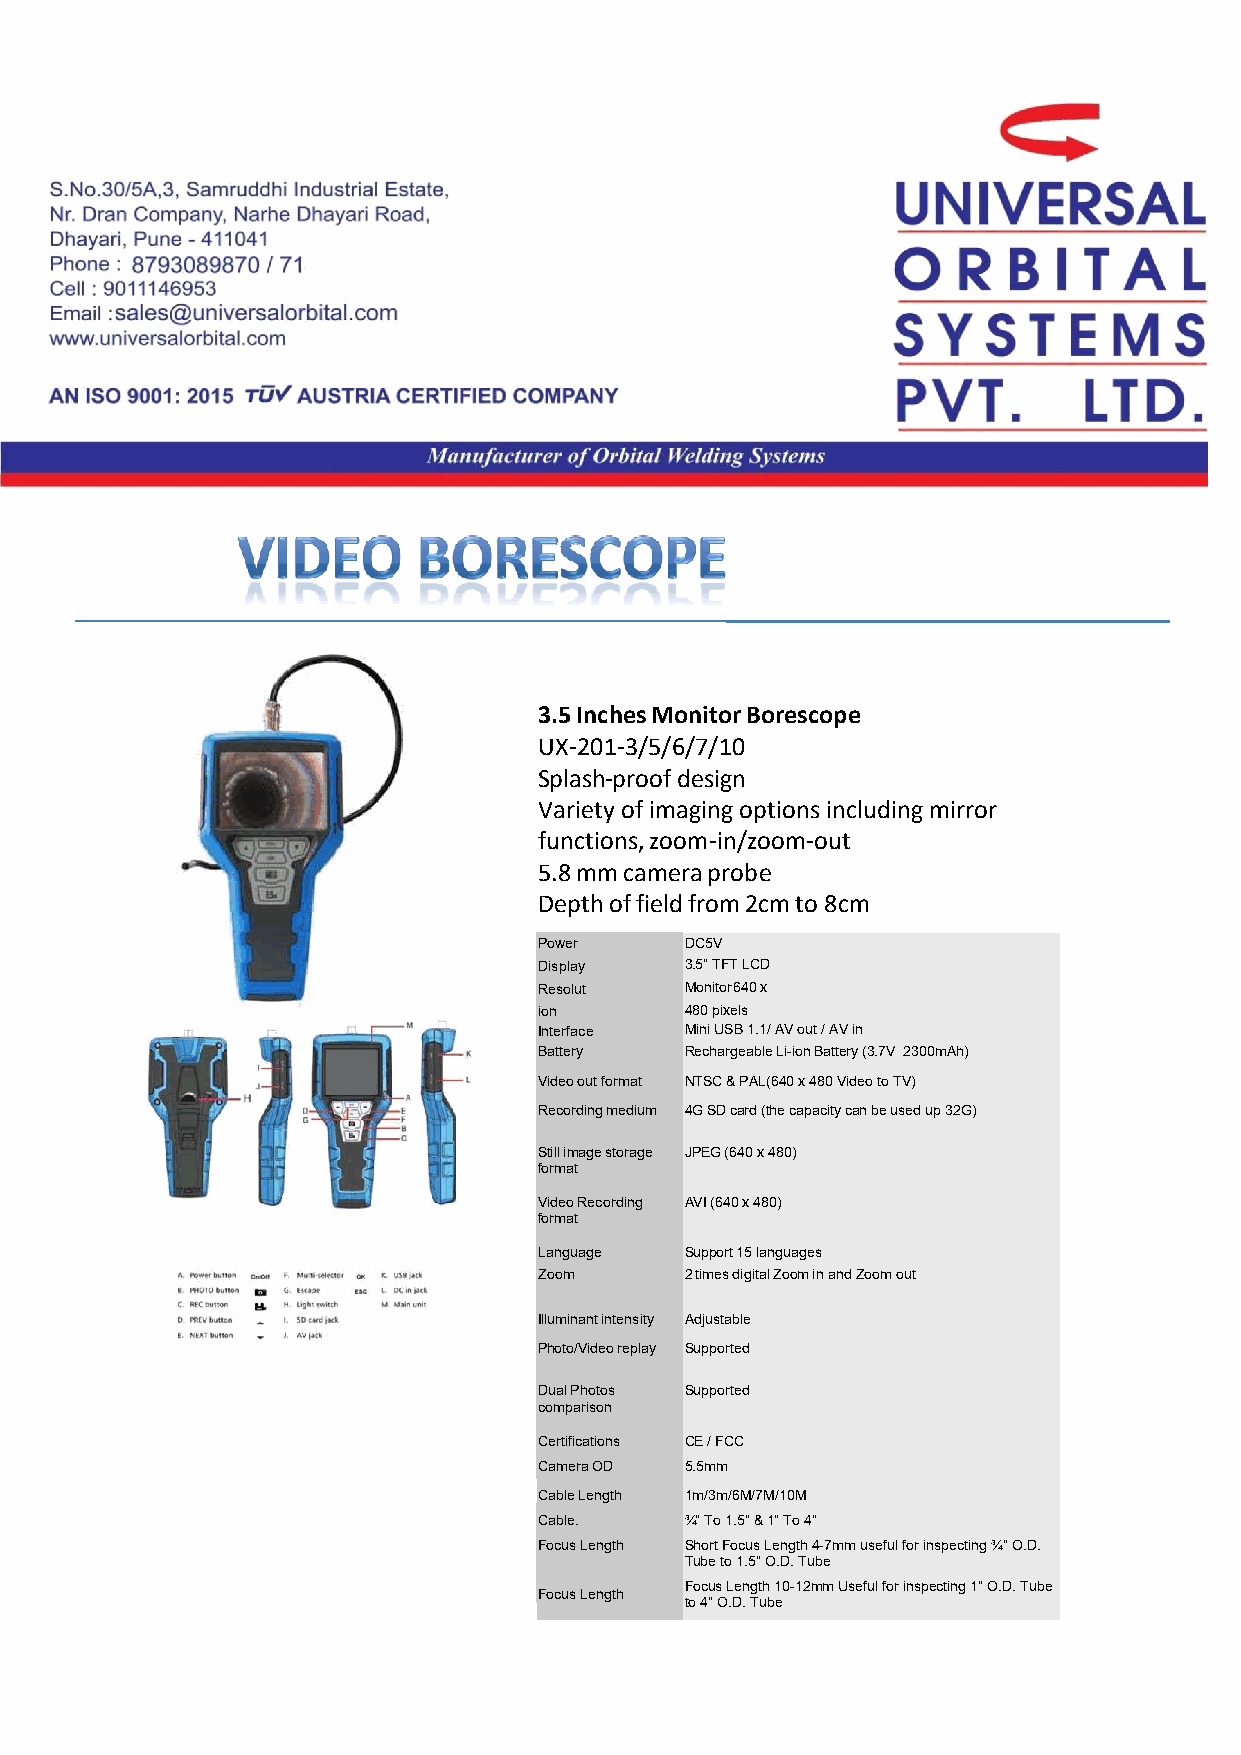
3.5 Inches Monitor Borescope
 UX-201-3/5/6/7/10
 Splash-proof design
 Variety of imaging options including mirror
 functions, zoom-in/zoom-out
 5.8 mm camera probe
 Depth of field from 2cm to 8cm
 Power    DC5V
 Display  3.5” TFT LCD
 Resolut  Monitor 640 x
 ion      480 pixels
 Interface Mini USB 1.1/ AV out / AV in
 Battery  Rechargeable Li-ion Battery (3.7V 2300mAh)
 Video out format NTSC & PAL(640 x 480 Video to TV)
 Recording medium 4G SD card (the capacity can be used up 32G)
 Still image storage JPEG (640 x 480)
 format
 Video Recording AVI (640 x 480)
 format
 Language Support 15 languages
 Zoom     2 times digital Zoom in and Zoom out
 Illuminant intensity Adjustable
 Photo/Video replay Supported
 Dual Photos Supported
 comparison
 Certifications CE / FCC
 Camera OD 5.5mm
 Cable Length 1m/3m/6M/7M/10M
 Cable.   ¾” To 1.5” & 1” To 4”
 Focus Length Short Focus Length 4-7mm useful for inspecting ¾” O.D.
 Tube to 1.5” O.D. Tube
 Focus Length 10-12mm Useful for inspecting 1” O.D. Tube
 Focus Length
 to 4” O.D. Tube